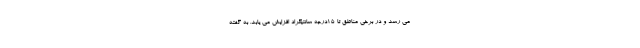
می رسد و در برخی مناطق تا ۱۵درجه سانتیگراد افزایش می یابد. به گفته